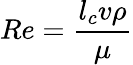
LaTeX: Re={\frac{l_{c}v\rho}{\mu}}